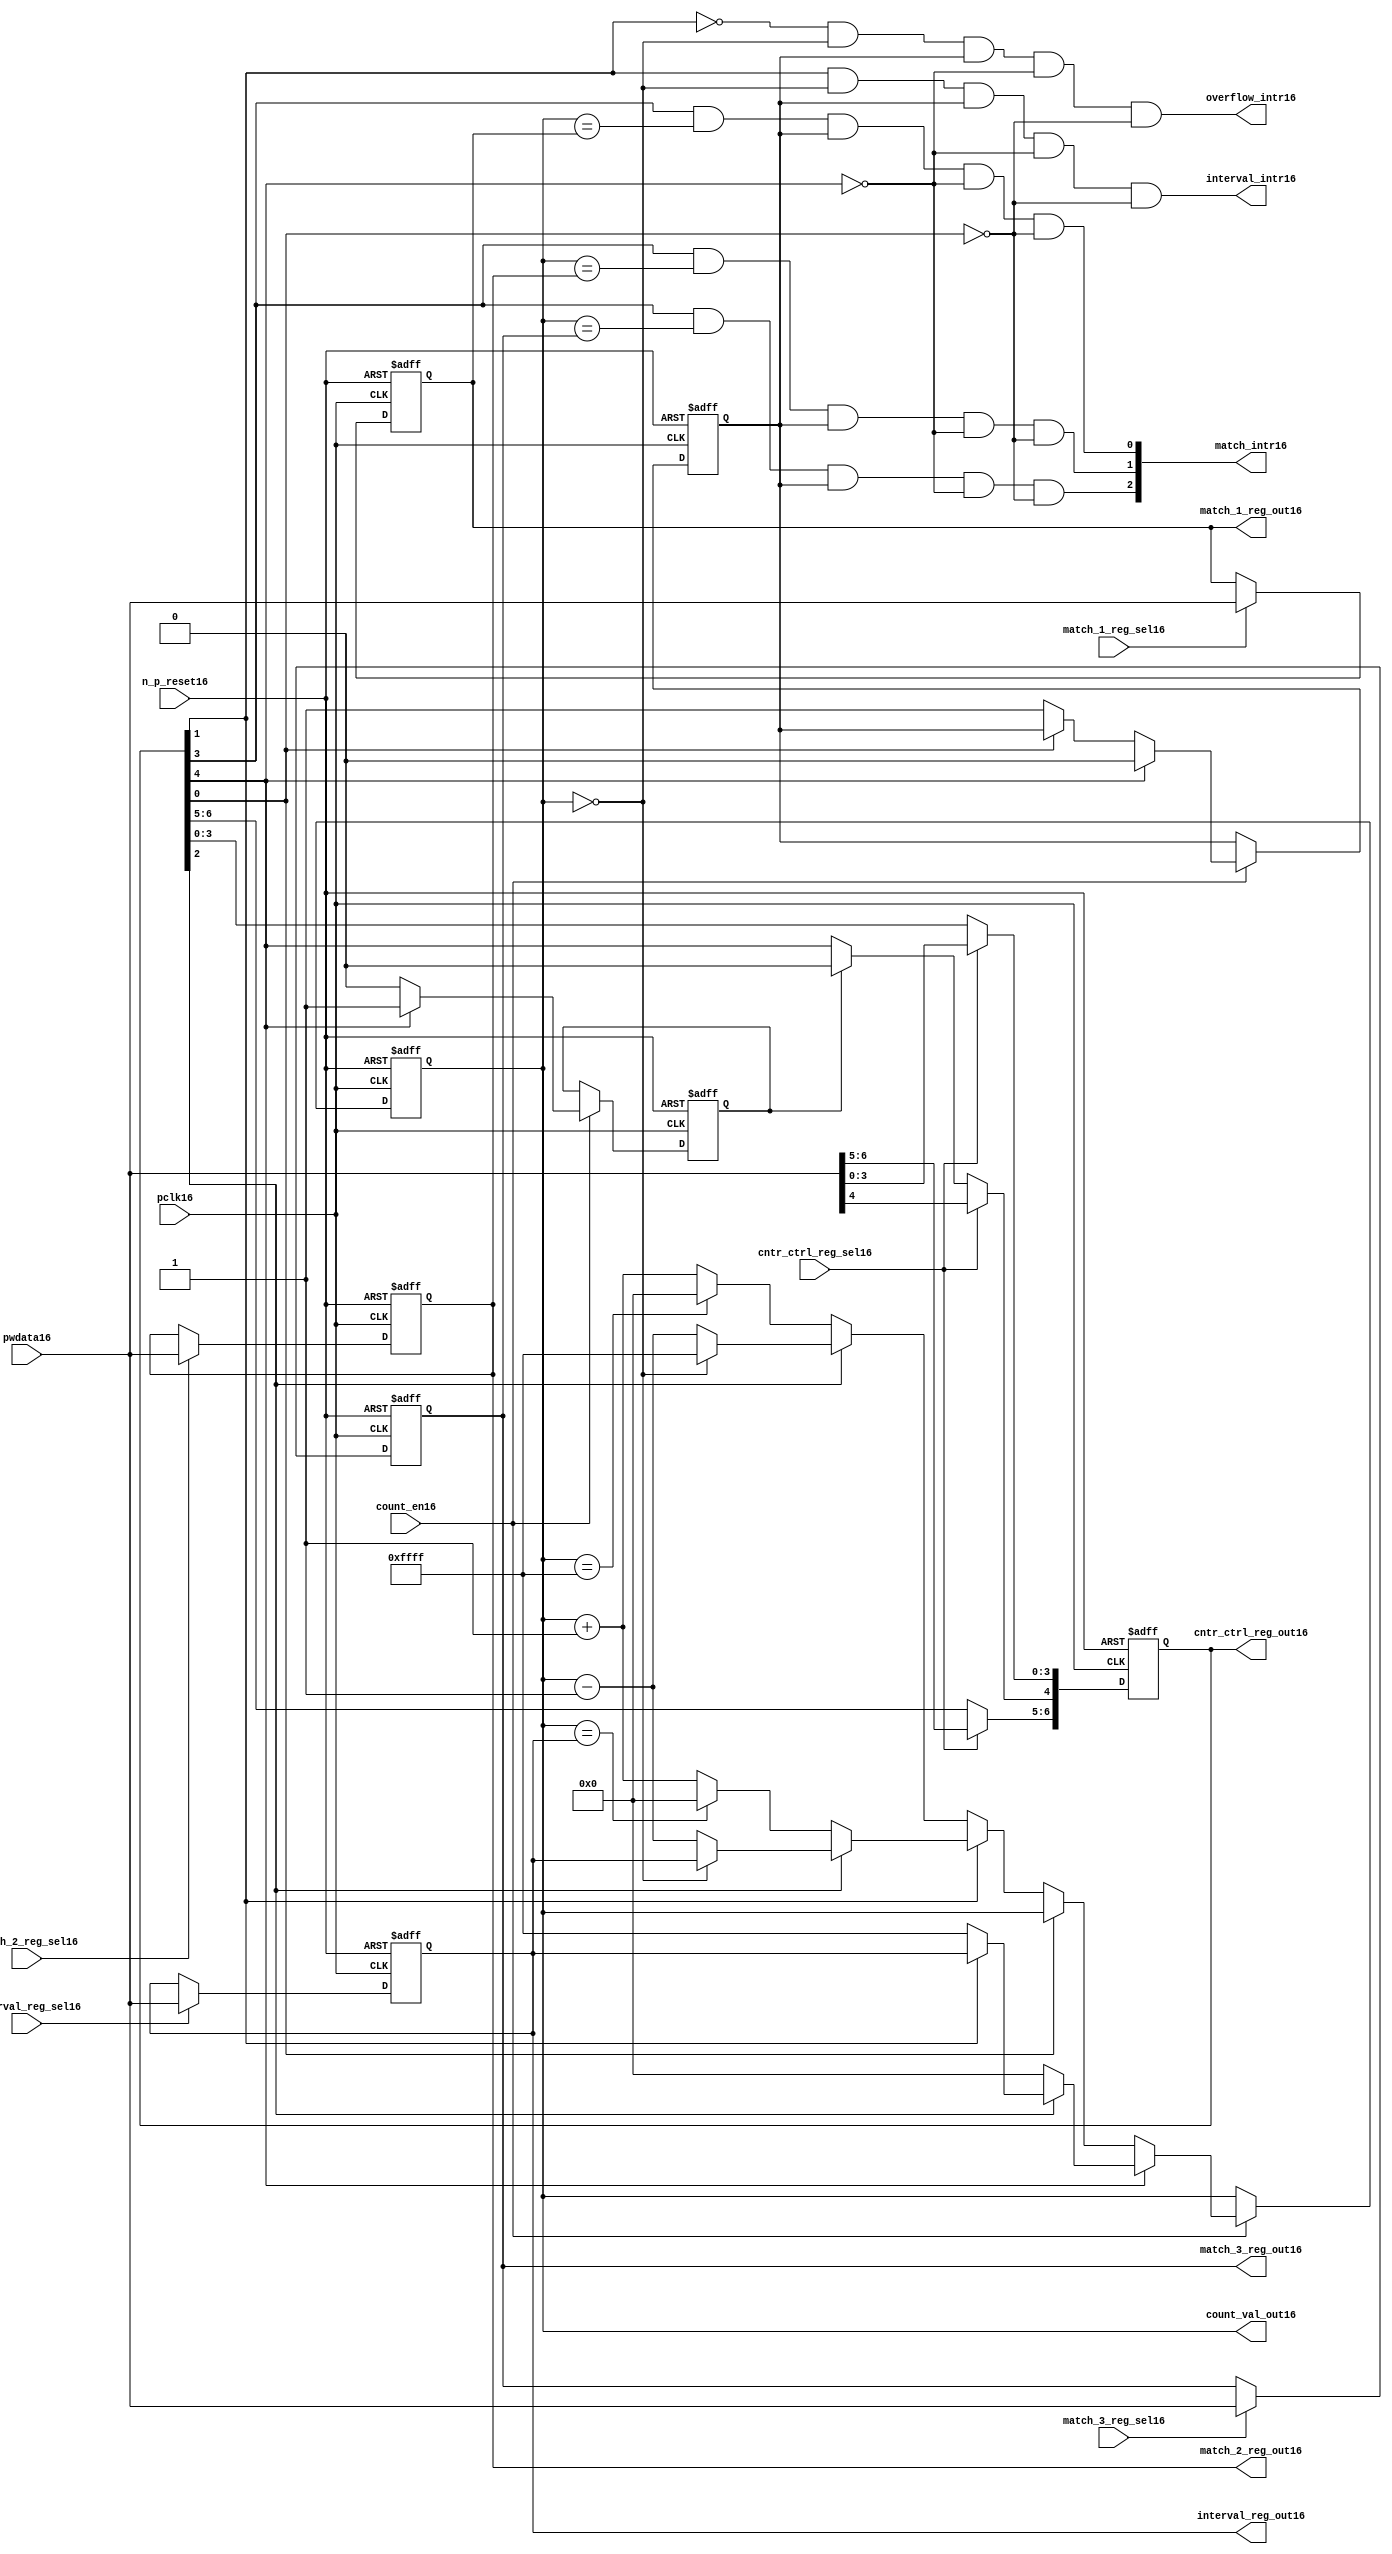
//File16 name   : ttc_counter_lite16.v
//Title16       : 
//Created16     : 1999
//Description16 :The counter can increment and decrement.
//   In increment mode instead of counting16 to its full 16 bit
//   value the counter counts16 up to or down from a programmed16 interval16 value.
//   Interrupts16 are issued16 when the counter overflows16 or reaches16 it's interval16
//   value. In match mode if the count value equals16 that stored16 in one of three16
//   match registers an interrupt16 is issued16.
//Notes16       : 
//----------------------------------------------------------------------
//   Copyright16 1999-2010 Cadence16 Design16 Systems16, Inc16.
//   All Rights16 Reserved16 Worldwide16
//
//   Licensed16 under the Apache16 License16, Version16 2.0 (the
//   "License16"); you may not use this file except16 in
//   compliance16 with the License16.  You may obtain16 a copy of
//   the License16 at
//
//       http16://www16.apache16.org16/licenses16/LICENSE16-2.0
//
//   Unless16 required16 by applicable16 law16 or agreed16 to in
//   writing, software16 distributed16 under the License16 is
//   distributed16 on an "AS16 IS16" BASIS16, WITHOUT16 WARRANTIES16 OR16
//   CONDITIONS16 OF16 ANY16 KIND16, either16 express16 or implied16.  See
//   the License16 for the specific16 language16 governing16
//   permissions16 and limitations16 under the License16.
//----------------------------------------------------------------------
//


module ttc_counter_lite16(

  //inputs16
  n_p_reset16,    
  pclk16,          
  pwdata16,              
  count_en16,
  cntr_ctrl_reg_sel16, 
  interval_reg_sel16,
  match_1_reg_sel16,
  match_2_reg_sel16,
  match_3_reg_sel16,         

  //outputs16    
  count_val_out16,
  cntr_ctrl_reg_out16,
  interval_reg_out16,
  match_1_reg_out16,
  match_2_reg_out16,
  match_3_reg_out16,
  interval_intr16,
  match_intr16,
  overflow_intr16

);


//--------------------------------------------------------------------
// PORT DECLARATIONS16
//--------------------------------------------------------------------

   //inputs16
   input          n_p_reset16;         //reset signal16
   input          pclk16;              //System16 Clock16
   input [15:0]   pwdata16;            //6 Bit16 data signal16
   input          count_en16;          //Count16 enable signal16
   input          cntr_ctrl_reg_sel16; //Select16 bit for ctrl_reg16
   input          interval_reg_sel16;  //Interval16 Select16 Register
   input          match_1_reg_sel16;   //Match16 1 Select16 register
   input          match_2_reg_sel16;   //Match16 2 Select16 register
   input          match_3_reg_sel16;   //Match16 3 Select16 register

   //outputs16
   output [15:0]  count_val_out16;        //Value for counter reg
   output [6:0]   cntr_ctrl_reg_out16;    //Counter16 control16 reg select16
   output [15:0]  interval_reg_out16;     //Interval16 reg
   output [15:0]  match_1_reg_out16;      //Match16 1 register
   output [15:0]  match_2_reg_out16;      //Match16 2 register
   output [15:0]  match_3_reg_out16;      //Match16 3 register
   output         interval_intr16;        //Interval16 interrupt16
   output [3:1]   match_intr16;           //Match16 interrupt16
   output         overflow_intr16;        //Overflow16 interrupt16

//--------------------------------------------------------------------
// Internal Signals16 & Registers16
//--------------------------------------------------------------------

   reg [6:0]      cntr_ctrl_reg16;     // 5-bit Counter16 Control16 Register
   reg [15:0]     interval_reg16;      //16-bit Interval16 Register 
   reg [15:0]     match_1_reg16;       //16-bit Match_116 Register
   reg [15:0]     match_2_reg16;       //16-bit Match_216 Register
   reg [15:0]     match_3_reg16;       //16-bit Match_316 Register
   reg [15:0]     count_val16;         //16-bit counter value register
                                                                      
   
   reg            counting16;          //counter has starting counting16
   reg            restart_temp16;   //ensures16 soft16 reset lasts16 1 cycle    
   
   wire [6:0]     cntr_ctrl_reg_out16; //7-bit Counter16 Control16 Register
   wire [15:0]    interval_reg_out16;  //16-bit Interval16 Register 
   wire [15:0]    match_1_reg_out16;   //16-bit Match_116 Register
   wire [15:0]    match_2_reg_out16;   //16-bit Match_216 Register
   wire [15:0]    match_3_reg_out16;   //16-bit Match_316 Register
   wire [15:0]    count_val_out16;     //16-bit counter value register

//-------------------------------------------------------------------
// Assign16 output wires16
//-------------------------------------------------------------------

   assign cntr_ctrl_reg_out16 = cntr_ctrl_reg16;    // 7-bit Counter16 Control16
   assign interval_reg_out16  = interval_reg16;     // 16-bit Interval16
   assign match_1_reg_out16   = match_1_reg16;      // 16-bit Match_116
   assign match_2_reg_out16   = match_2_reg16;      // 16-bit Match_216 
   assign match_3_reg_out16   = match_3_reg16;      // 16-bit Match_316 
   assign count_val_out16     = count_val16;        // 16-bit counter value
   
//--------------------------------------------------------------------
// Assigning16 interrupts16
//--------------------------------------------------------------------

   assign interval_intr16 =  cntr_ctrl_reg16[1] & (count_val16 == 16'h0000)
      & (counting16) & ~cntr_ctrl_reg16[4] & ~cntr_ctrl_reg16[0];
   assign overflow_intr16 = ~cntr_ctrl_reg16[1] & (count_val16 == 16'h0000)
      & (counting16) & ~cntr_ctrl_reg16[4] & ~cntr_ctrl_reg16[0];
   assign match_intr16[1]  =  cntr_ctrl_reg16[3] & (count_val16 == match_1_reg16)
      & (counting16) & ~cntr_ctrl_reg16[4] & ~cntr_ctrl_reg16[0];
   assign match_intr16[2]  =  cntr_ctrl_reg16[3] & (count_val16 == match_2_reg16)
      & (counting16) & ~cntr_ctrl_reg16[4] & ~cntr_ctrl_reg16[0];
   assign match_intr16[3]  =  cntr_ctrl_reg16[3] & (count_val16 == match_3_reg16)
      & (counting16) & ~cntr_ctrl_reg16[4] & ~cntr_ctrl_reg16[0];


//    p_reg_ctrl16: Process16 to write to the counter control16 registers
//    cntr_ctrl_reg16 decode:  0 - Counter16 Enable16 Active16 Low16
//                           1 - Interval16 Mode16 =1, Overflow16 =0
//                           2 - Decrement16 Mode16
//                           3 - Match16 Mode16
//                           4 - Restart16
//                           5 - Waveform16 enable active low16
//                           6 - Waveform16 polarity16
   
   always @ (posedge pclk16 or negedge n_p_reset16)
   begin: p_reg_ctrl16  // Register writes
      
      if (!n_p_reset16)                                   
      begin                                     
         cntr_ctrl_reg16 <= 7'b0000001;
         interval_reg16  <= 16'h0000;
         match_1_reg16   <= 16'h0000;
         match_2_reg16   <= 16'h0000;
         match_3_reg16   <= 16'h0000;  
      end    
      else 
      begin
         if (cntr_ctrl_reg_sel16)
            cntr_ctrl_reg16 <= pwdata16[6:0];
         else if (restart_temp16)
            cntr_ctrl_reg16[4]  <= 1'b0;    
         else 
            cntr_ctrl_reg16 <= cntr_ctrl_reg16;             

         interval_reg16  <= (interval_reg_sel16) ? pwdata16 : interval_reg16;
         match_1_reg16   <= (match_1_reg_sel16)  ? pwdata16 : match_1_reg16;
         match_2_reg16   <= (match_2_reg_sel16)  ? pwdata16 : match_2_reg16;
         match_3_reg16   <= (match_3_reg_sel16)  ? pwdata16 : match_3_reg16;   
      end
      
   end  //p_reg_ctrl16

   
//    p_cntr16: Process16 to increment or decrement the counter on receiving16 a 
//            count_en16 signal16 from the pre_scaler16. Count16 can be restarted16
//            or disabled and can overflow16 at a specified interval16 value.
   
   
   always @ (posedge pclk16 or negedge n_p_reset16)
   begin: p_cntr16   // Counter16 block

      if (!n_p_reset16)     //System16 Reset16
      begin                     
         count_val16 <= 16'h0000;
         counting16  <= 1'b0;
         restart_temp16 <= 1'b0;
      end
      else if (count_en16)
      begin
         
         if (cntr_ctrl_reg16[4])     //Restart16
         begin     
            if (~cntr_ctrl_reg16[2])  
               count_val16         <= 16'h0000;
            else
            begin
              if (cntr_ctrl_reg16[1])
                 count_val16         <= interval_reg16;     
              else
                 count_val16         <= 16'hFFFF;     
            end
            counting16       <= 1'b0;
            restart_temp16   <= 1'b1;

         end
         else 
         begin
            if (!cntr_ctrl_reg16[0])          //Low16 Active16 Counter16 Enable16
            begin

               if (cntr_ctrl_reg16[1])  //Interval16               
                  if (cntr_ctrl_reg16[2])  //Decrement16        
                  begin
                     if (count_val16 == 16'h0000)
                        count_val16 <= interval_reg16;  //Assumed16 Static16
                     else
                        count_val16 <= count_val16 - 16'h0001;
                  end
                  else                   //Increment16
                  begin
                     if (count_val16 == interval_reg16)
                        count_val16 <= 16'h0000;
                     else           
                        count_val16 <= count_val16 + 16'h0001;
                  end
               else    
               begin  //Overflow16
                  if (cntr_ctrl_reg16[2])   //Decrement16
                  begin
                     if (count_val16 == 16'h0000)
                        count_val16 <= 16'hFFFF;
                     else           
                        count_val16 <= count_val16 - 16'h0001;
                  end
                  else                    //Increment16
                  begin
                     if (count_val16 == 16'hFFFF)
                        count_val16 <= 16'h0000;
                     else           
                        count_val16 <= count_val16 + 16'h0001;
                  end 
               end
               counting16  <= 1'b1;
            end     
            else
               count_val16 <= count_val16;   //Disabled16
   
            restart_temp16 <= 1'b0;
      
         end
     
      end // if (count_en16)

      else
      begin
         count_val16    <= count_val16;
         counting16     <= counting16;
         restart_temp16 <= restart_temp16;               
      end
     
   end  //p_cntr16

endmodule